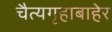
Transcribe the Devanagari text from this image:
चैत्यगृहाबाहेर